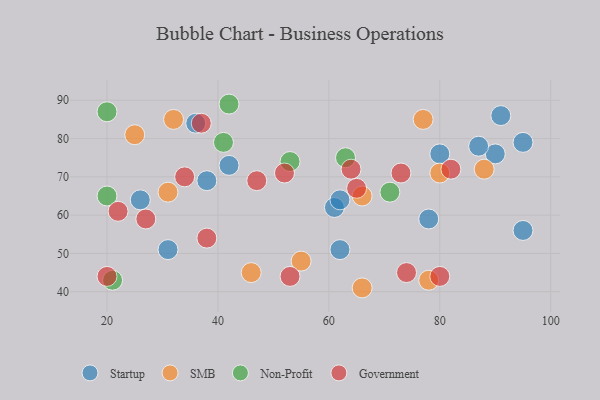
{"axis": {"x": "GDP", "y": "Life Expectancy"}, "legend": ["Government", "Non-Profit", "SMB", "Startup"], "data": [{"x": "78", "y": 59, "type": "Startup"}, {"x": "36", "y": 84, "type": "Startup"}, {"x": "80", "y": 76, "type": "Startup"}, {"x": "26", "y": 64, "type": "Startup"}, {"x": "62", "y": 51, "type": "Startup"}, {"x": "31", "y": 51, "type": "Startup"}, {"x": "91", "y": 86, "type": "Startup"}, {"x": "61", "y": 62, "type": "Startup"}, {"x": "95", "y": 79, "type": "Startup"}, {"x": "95", "y": 56, "type": "Startup"}, {"x": "38", "y": 69, "type": "Startup"}, {"x": "42", "y": 73, "type": "Startup"}, {"x": "90", "y": 76, "type": "Startup"}, {"x": "87", "y": 78, "type": "Startup"}, {"x": "62", "y": 64, "type": "Startup"}, {"x": "80", "y": 71, "type": "SMB"}, {"x": "32", "y": 85, "type": "SMB"}, {"x": "25", "y": 81, "type": "SMB"}, {"x": "88", "y": 72, "type": "SMB"}, {"x": "66", "y": 65, "type": "SMB"}, {"x": "31", "y": 66, "type": "SMB"}, {"x": "66", "y": 41, "type": "SMB"}, {"x": "77", "y": 85, "type": "SMB"}, {"x": "55", "y": 48, "type": "SMB"}, {"x": "46", "y": 45, "type": "SMB"}, {"x": "78", "y": 43, "type": "SMB"}, {"x": "41", "y": 79, "type": "Non-Profit"}, {"x": "63", "y": 75, "type": "Non-Profit"}, {"x": "53", "y": 74, "type": "Non-Profit"}, {"x": "20", "y": 87, "type": "Non-Profit"}, {"x": "71", "y": 66, "type": "Non-Profit"}, {"x": "20", "y": 65, "type": "Non-Profit"}, {"x": "42", "y": 89, "type": "Non-Profit"}, {"x": "21", "y": 43, "type": "Non-Profit"}, {"x": "65", "y": 67, "type": "Government"}, {"x": "22", "y": 61, "type": "Government"}, {"x": "73", "y": 71, "type": "Government"}, {"x": "64", "y": 72, "type": "Government"}, {"x": "80", "y": 44, "type": "Government"}, {"x": "47", "y": 69, "type": "Government"}, {"x": "34", "y": 70, "type": "Government"}, {"x": "37", "y": 84, "type": "Government"}, {"x": "52", "y": 71, "type": "Government"}, {"x": "20", "y": 44, "type": "Government"}, {"x": "53", "y": 44, "type": "Government"}, {"x": "38", "y": 54, "type": "Government"}, {"x": "82", "y": 72, "type": "Government"}, {"x": "74", "y": 45, "type": "Government"}, {"x": "27", "y": 59, "type": "Government"}]}